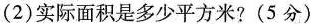
(2)实际面积是多少平方米? (5分)